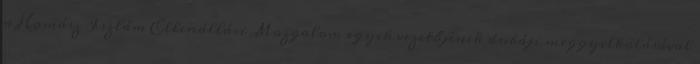
a Hamász Iszlám Ellenállási Mozgalom egyik vezetőjének dubáji meggyilkolásával